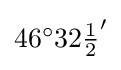
{\textstyle 46^{\circ }32{\frac {1}{2}}'}